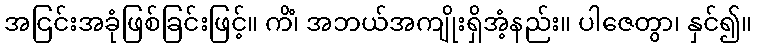
အငြင်းအခုံဖြစ်ခြင်းဖြင့်။ ကိံ၊ အဘယ်အကျိုးရှိအံ့နည်း။ ပါဇေတွာ၊ နှင်၍။